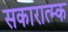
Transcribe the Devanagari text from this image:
सकारात्म्क